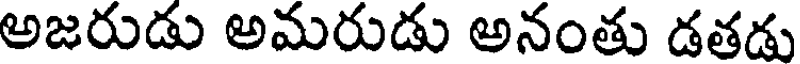
అజరుడు అమరుడు అనంతు డతడు